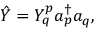
\hat { Y } = Y _ { q } ^ { p } a _ { p } ^ { \dagger } a _ { q } ,